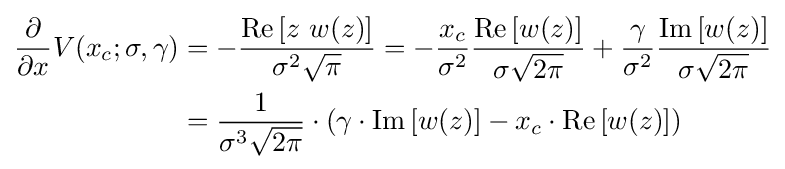
{\begin{aligned}{\frac {\partial }{\partial x}}V(x_{c};\sigma ,\gamma )&=-{\frac {\operatorname {Re} \left[z~w(z)\right]}{\sigma ^{2}{\sqrt {\pi }}}}=-{\frac {x_{c}}{\sigma ^{2}}}{\frac {\operatorname {Re} \left[w(z)\right]}{\sigma {\sqrt {2\pi }}}}+{\frac {\gamma }{\sigma ^{2}}}{\frac {\operatorname {Im} \left[w(z)\right]}{\sigma {\sqrt {2\pi }}}}\\&={\frac {1}{\sigma ^{3}{\sqrt {2\pi }}}}\cdot \left(\gamma \cdot \operatorname {Im} \left[w(z)\right]-x_{c}\cdot \operatorname {Re} \left[w(z)\right]\right)\end{aligned}}